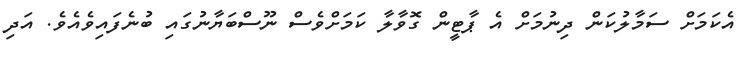
އެކަމަށް ސަމާލުކަން ދިނުމަށް އެ ޕާޓީން ގޮވާލާ ކަމަށްވެސް ނޫސްބަޔާނުގައި ބުނެފައިވެއެވެ. އަދި